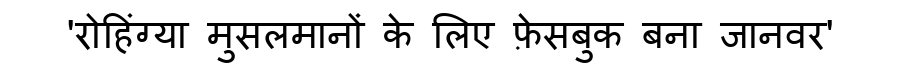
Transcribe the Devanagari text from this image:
'रोहिंग्या मुसलमानों के लिए फ़ेसबुक बना जानवर'